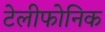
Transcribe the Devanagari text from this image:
टेलीफोनिक